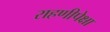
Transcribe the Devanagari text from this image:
राहणीपेक्षा